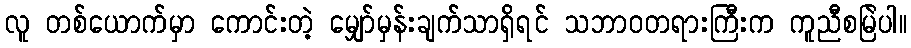
လူ တစ်ယောက်မှာ ကောင်းတဲ့ မျှော်မှန်းချက်သာရှိရင် သဘာဝတရားကြီးက ကူညီစမြဲပါ။